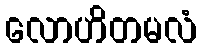
လောဟိတမလံ